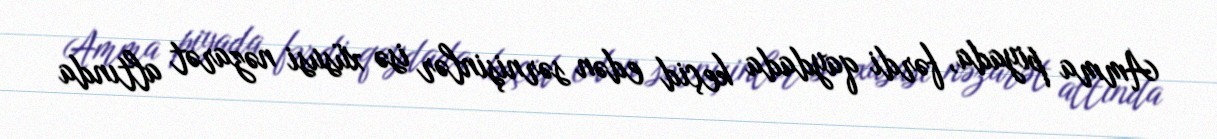
Amma piyada, fərdi qaydada keçid edən sərnişinlər isə xüsusi nəzarət altında